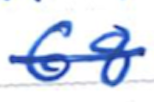
Text: 68
Cross-out: mix
Writing tool: ballpoint